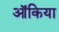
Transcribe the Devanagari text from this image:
ऑंकिया